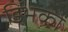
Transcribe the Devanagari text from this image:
डिंभकों